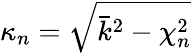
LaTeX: \kappa_{n}=\sqrt{\bar{k}^{2}-\chi_{n}^{2}}